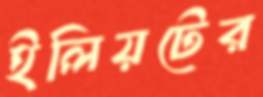
ইলিয়টের